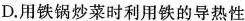
D.用铁锅炒菜时利用铁的导热性